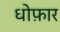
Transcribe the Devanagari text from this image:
धोफ़ार